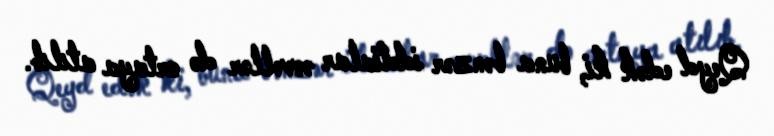
Qeyd edək ki, buna bənzər iddialar əvvəllər də ortaya atılıb.